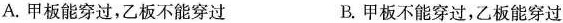
A.甲板能穿过，乙板不能穿过 B.甲板不能穿过，乙板能穿过